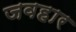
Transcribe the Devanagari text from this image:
जवहार